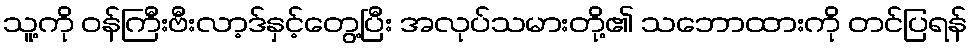
သူ့ကို ဝန်ကြီးဗီးလာ့ဒ်နှင့်တွေ့ပြီး အလုပ်သမားတို့၏ သဘောထားကို တင်ပြရန်